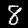
Label: 8